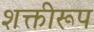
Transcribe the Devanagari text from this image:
शक्तीरूप